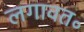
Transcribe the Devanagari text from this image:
लगावत॰